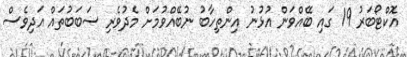
އޮކްޓޯބަރު 19 ގައި ބޭއްވަން އުޅުނު އިންތިހާބު ނުބޭއްވުމަށް މެދުވެރި ސަބަބުތައް އަދިވެސް